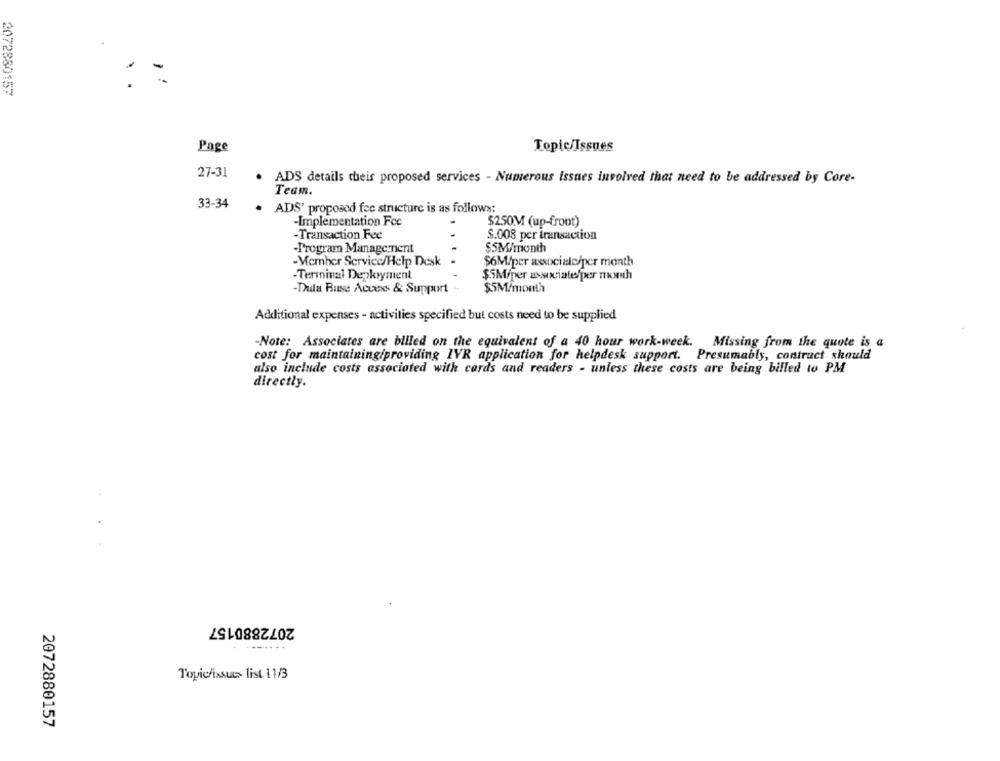
.
2072880157
Page
Topic/Issues
27-31
. ADS details theis proposed services - Numerous issues involved that need to be addressed by Core-
Team.
33-34
ADS' proposed fee structure is as follows:
-Implementation Fcc
$2.50M (up-front)
-Transaction Fee
$.008 per transaction
-Program Management
$5M/month
-Member Service/Help Desk
$6M/per axsociale/per month
-Terminal Deployment
$SMiper associate/per month
-Thila Buse Access & Support
$5M/month
Additional expenses - activities specified but costs need to be supplied
-Note: Associates are billed on the equivalent of a 40 hour work-week. Missing from the quote is a
cost for maintaining/providing IVR application for helpdesk support. Presumably, contract should
also include costs associated with cards and readers - unless these costs are being billed to PM
directly.
2072880157
---....
Topic/issues list 11/3
2072880157